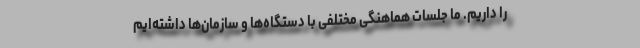
را داریم. ما جلسات هماهنگی مختلفی با دستگاه‌ها و سازمان‌ها داشته‌ایم